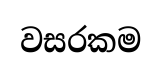
වසරකම